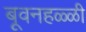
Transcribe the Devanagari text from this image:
बूवनहळ्ळी